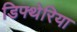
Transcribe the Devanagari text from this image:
डिफ्थेरिया